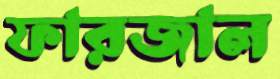
ফারজাল